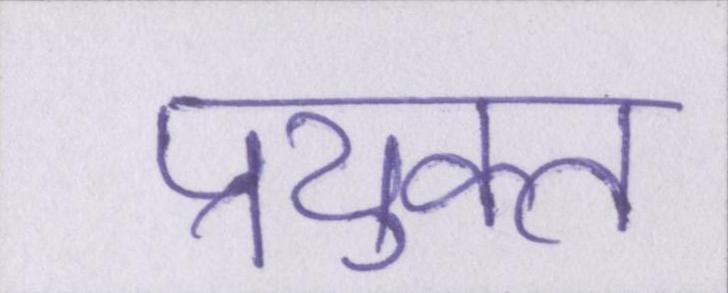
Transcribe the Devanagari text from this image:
प्रयुक्त